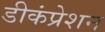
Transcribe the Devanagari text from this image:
डीकंप्रेशन